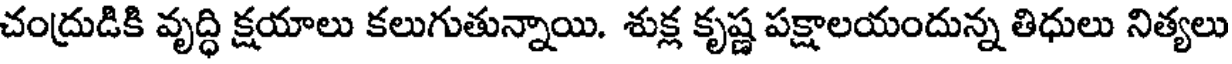
చంద్రుడికి వృద్ధి క్షయాలు కలుగుతున్నాయి. శుక్ల కృష్ణ పక్షాలయందున్న తిధులు నిత్యలు